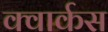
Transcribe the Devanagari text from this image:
क्वार्कस